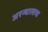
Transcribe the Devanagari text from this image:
अरन्थालावा